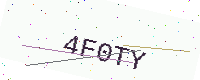
Text: 4F0TY